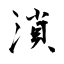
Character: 溑